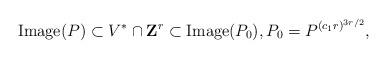
LaTeX: \begin{align*}\hbox(P) \subset V^*\cap{\mathbf Z}^r\subset\hbox( P_0), P_0= P^{(c_1r)^{3r/2}},\end{align*}